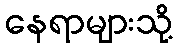
နေရာများသို့